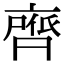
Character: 𮮺